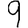
Digit: 9